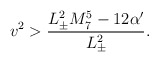
\begin{align*}v^2 > \frac{L_{\pm}^2 M_{7}^5 - 12 \alpha'}{L_{\pm}^2}.\end{align*}